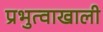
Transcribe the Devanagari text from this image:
प्रभुत्वाखाली